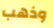
وذهب